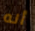
أنه